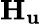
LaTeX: \mathbf{H}_{\mathbf{u}}